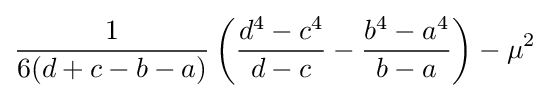
{\frac {1}{6(d+c-b-a)}}\left({\frac {d^{4}-c^{4}}{d-c}}-{\frac {b^{4}-a^{4}}{b-a}}\right)-\mu ^{2}